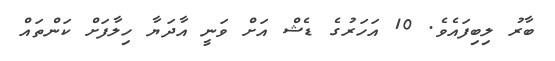
ބާރު ލިބިފައެވެ. 10 އަހަރުގެ ޑެޝް އަށް ވަނީ އާދަޔާ ހިލާފަށް ކަންތައް